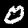
Digit: 0